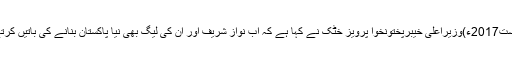
11 اگست2017ء)وزیراعلیٰ خیبرپختونخوا پرویز خٹک نے کہا ہے کہ اب نواز شریف اور اُن کی لیگ بھی نیا پاکستان بنانے کی باتیں کرتے ہیں۔